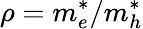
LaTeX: \rho=m_{e}^{*}/m_{h}^{*}